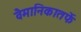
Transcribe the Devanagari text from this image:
वैमानिकातर्फे